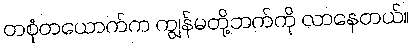
တစုံတယောက်က ကျွန်မတို့ဘက်ကို လာနေတယ်။